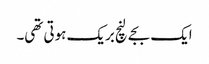
ایک بجے لنچ بریک ہوتی تھی۔